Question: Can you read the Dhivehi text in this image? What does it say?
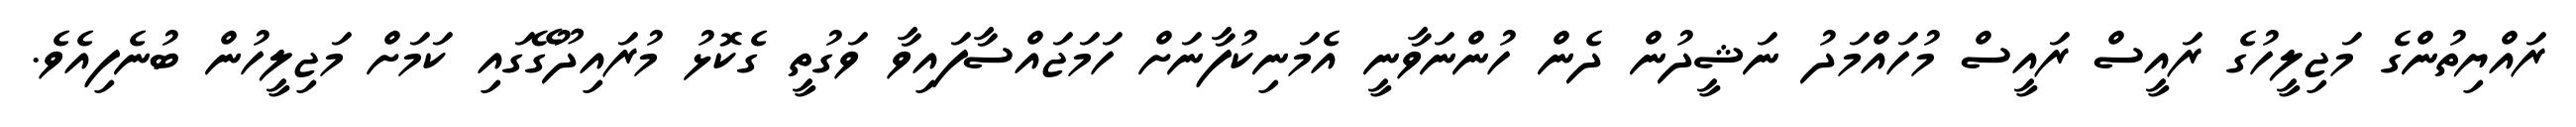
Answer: ރައްޔިތުންގެ މަޖިލީހުގެ ރައީސް ރައީސް މުހައްމަދު ނަޝީދުން ދެން ހުންނަވާނީ އެމަނިކުފާނަށް ހަމަޖައްސާފައިވާ ވަގުތީ ގެކޮޅު މުރައިދޫގޭގައި ކަމަށް މަޖިލީހުން ބުނެފިއެވެ.